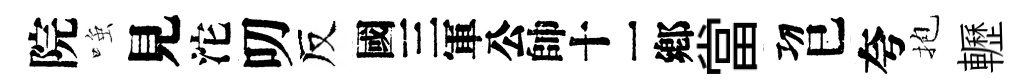
院𫪻見沱叨反别當㓛巳夸抱轣